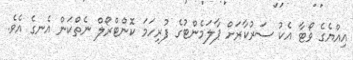
އިއްޔެގެ ވޯޓާ އެކު ސަރުކާރަށް ޕާލަމެންޓުގެ ފުރިހަމަ ކޮންޓްރޯލް ނެތްކަން އެނގެ އެވެ.